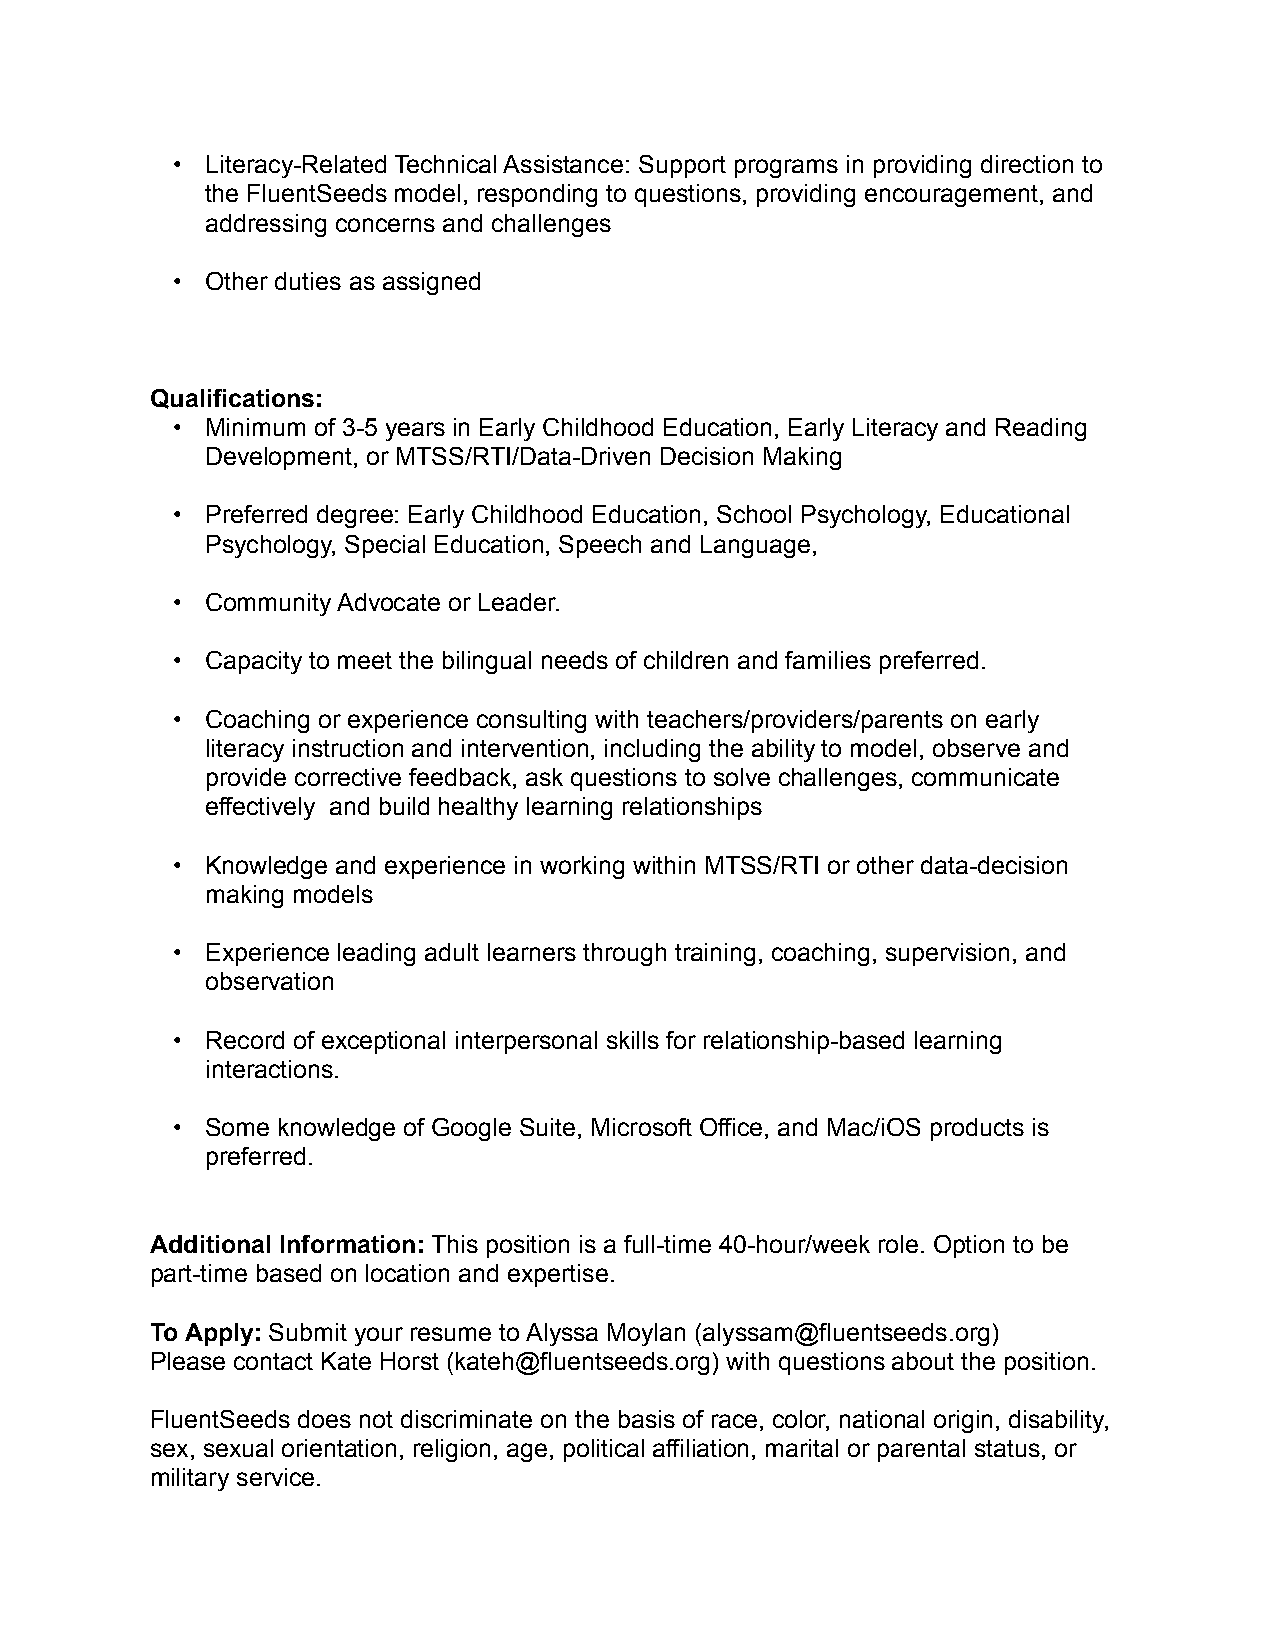
•  Literacy-Related Technical Assistance: Support programs in providing direction to
 the FluentSeeds model, responding to questions, providing encouragement, and
 addressing concerns and challenges
 •  Other duties as assigned
 Qualifications:
 •  Minimum of 3-5 years in Early Childhood Education, Early Literacy and Reading
 Development, or MTSS/RTI/Data-Driven Decision Making
 •  Preferred degree: Early Childhood Education, School Psychology, Educational
 Psychology, Special Education, Speech and Language,
 •  Community Advocate or Leader.
 •  Capacity to meet the bilingual needs of children and families preferred.
 •  Coaching or experience consulting with teachers/providers/parents on early
 literacy instruction and intervention, including the ability to model, observe and
 provide corrective feedback, ask questions to solve challenges, communicate
 effectively and build healthy learning relationships
 •  Knowledge and experience in working within MTSS/RTI or other data-decision
 making models
 •  Experience leading adult learners through training, coaching, supervision, and
 observation
 •  Record of exceptional interpersonal skills for relationship-based learning
 interactions.
 •  Some knowledge of Google Suite, Microsoft Office, and Mac/iOS products is
 preferred.
 Additional Information: This position is a full-time 40-hour/week role. Option to be
 part-time based on location and expertise.
 To Apply: Submit your resume to Alyssa Moylan (alyssam@fluentseeds.org)
 Please contact Kate Horst (kateh@fluentseeds.org) with questions about the position.
 FluentSeeds does not discriminate on the basis of race, color, national origin, disability,
 sex, sexual orientation, religion, age, political affiliation, marital or parental status, or
 military service.